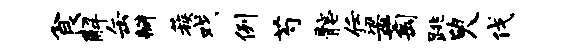
食解缶瓣蔟戏例芍髂任梁萄跳臾伐